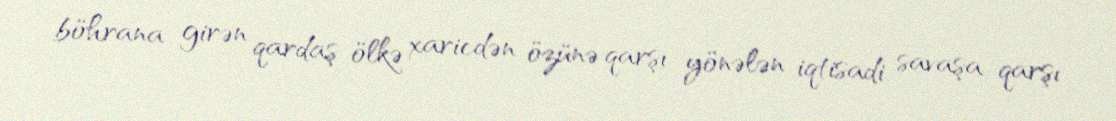
böhrana girən qardaş ölkə xaricdən özünə qarşı yönələn iqtisadi savaşa qarşı